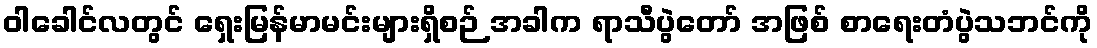
ဝါခေါင်လတွင် ရှေးမြန်မာမင်းများရှိစဉ် အခါက ရာသီပွဲတော် အဖြစ် စာရေးတံပွဲသဘင်ကို